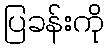
ပြခန်းကို